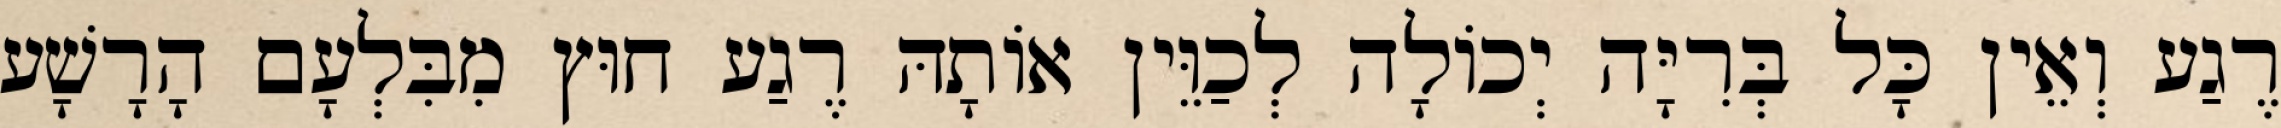
רֶגַע וְאֵין כָּל בְּרִיָּה יְכוֹלָה לְכַוֵּין אוֹתָהּ רֶגַע חוּץ מִבִּלְעָם הָרָשָׁע